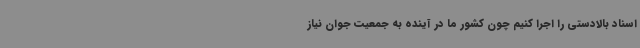
اسناد بالادستی را اجرا کنیم چون کشور ما در آینده به جمعیت جوان نیاز